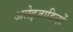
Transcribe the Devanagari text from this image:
अलेइजाडिन्हों